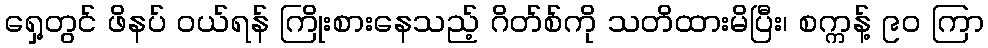
ရှေ့တွင် ဖိနပ် ဝယ်ရန် ကြိုးစားနေသည့် ဂိတ်စ်ကို သတိထားမိပြီး၊ စက္ကန့် ၉၀ ကြာ